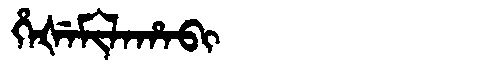
Manchu: ᡥᡝᡧᡝᠮᡳᠯᠠᡥᠠᠪᡳ
Romanization: HEŠEMILAHABI